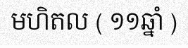
មហិតល ( ១១ឆ្នាំ )